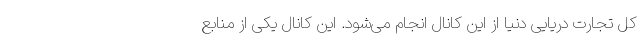
کل تجارت دریایی دنیا از این کانال انجام می‌شود. این کانال یکی از منابع